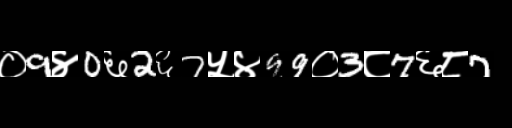
Text: ०9४0६2६7५४99०3८7६८7